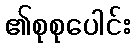
၏စုစုပေါင်း